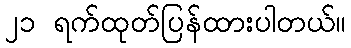
၂၁ ရက်ထုတ်ပြန်ထားပါတယ်။